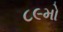
૮૯મો